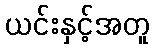
ယင်းနှင့်အတူ